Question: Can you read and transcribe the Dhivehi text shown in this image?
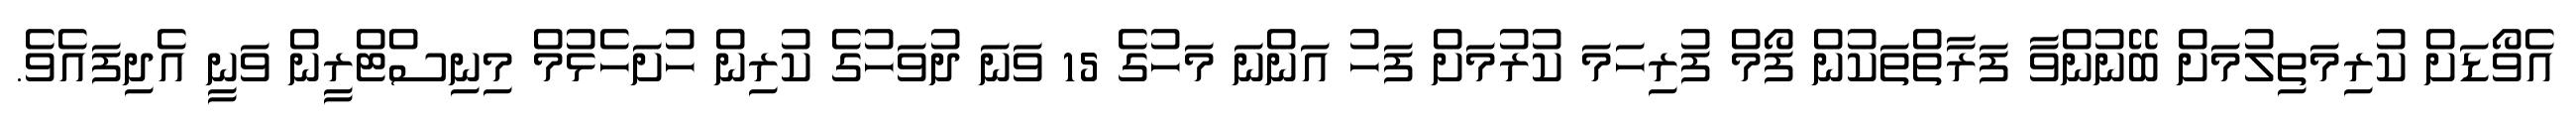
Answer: އެވޯޑަށް ކުރިމަތިލުމަށް ބޭނުންވާ ފަރާތްތަކުން ފޯމް ފުރިހަމަ ކުރުމަށް ފަހު އަންނަ މަހުގެ 15 ވަނަ ދުވަހުގެ ކުރިން ހުށަހެޅުމް މިނިސްޓްރީން ވަނީ އެދިފައެވެ.